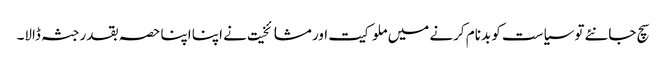
سچ جانئے توسیاست کو بدنام کرنے میں ملوکیت اور مشائخیت نے اپنا اپنا حصہ بقدر جثہ ڈالا۔